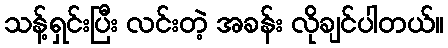
သန့်ရှင်းပြီး လင်းတဲ့ အခန်း လိုချင်ပါတယ်။